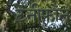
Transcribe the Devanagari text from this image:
टेनीफोन